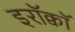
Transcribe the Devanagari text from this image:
इरॉक्वॉ